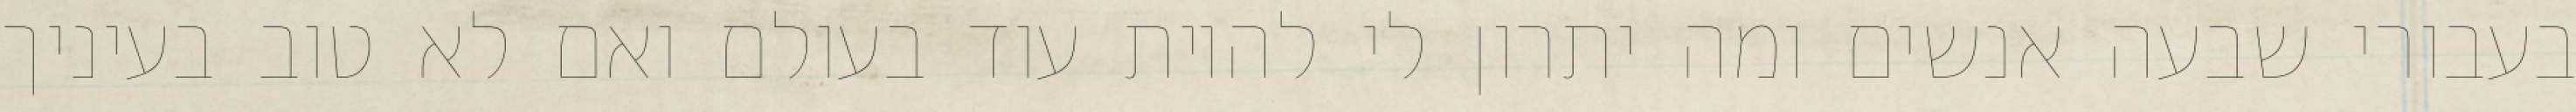
בעבורי שבעה אנשים ומה יתרון לי להיות עוד בעולם ואם לא טוב בעיניך